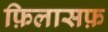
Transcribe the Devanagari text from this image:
फ़िलासफ़